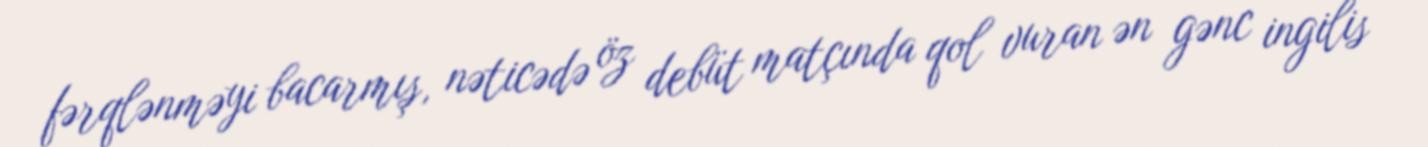
fərqlənməyi bacarmış, nəticədə öz debüt matçında qol vuran ən gənc ingilis